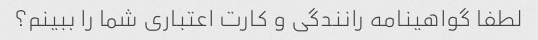
لطفا گواهینامه رانندگی و کارت اعتباری شما را ببینم؟